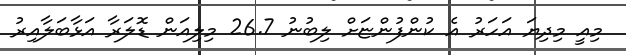
މިއީ މިދިޔަ އަހަރު އެ ކުންފުންޏަށް ލިބުނު 26.7 މިލިއަން ޑޮލަރާ އަޅާބަލާއިރު